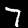
Label: 7